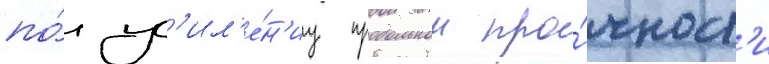
по́ ус'ил'е́н'иу продольнои про́чност'и